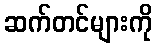
ဆက်တင်များကို